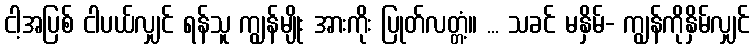
ငါ့အပြစ် ငါပယ်လျှင် ရန်သူ ကျွန်မျိုး အားကိုး ပြုတ်လတ္တံ့။ ... သခင် မနှိမ်- ကျွန်ကိုနှိမ်လျှင်